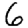
Digit: 6